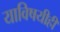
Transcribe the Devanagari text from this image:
याविषयीही